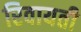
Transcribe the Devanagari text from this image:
रिवायती